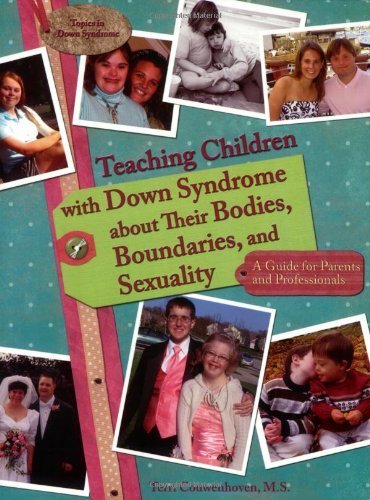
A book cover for Teaching Children with Down Syndrome about Their Bodies, Boundaries, and Sexuality (Topics in Down Syndrome) by Terri Couwenhoven (2007) Paperback; Health, Fitness & Dieting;